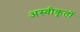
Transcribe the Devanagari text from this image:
अस्‍वीकृतों